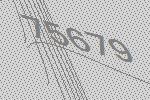
75679